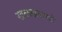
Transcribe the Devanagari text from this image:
खळखळणारे